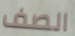
الصف